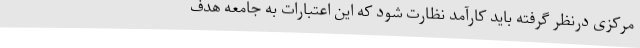
مرکزی درنظر گرفته باید کارآمد نظارت شود که این اعتبارات به جامعه هدف